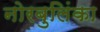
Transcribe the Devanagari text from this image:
नोरबुलिंका